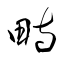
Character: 畤